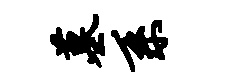
墓系